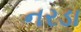
નરડા